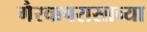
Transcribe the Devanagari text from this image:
गैरवापरासाच्या